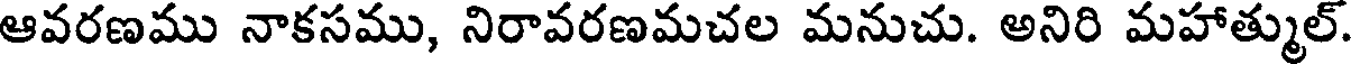
ఆవరణము నాకసము, నిరావరణమచల మనుచు. అనిరి మహాత్ముల్.